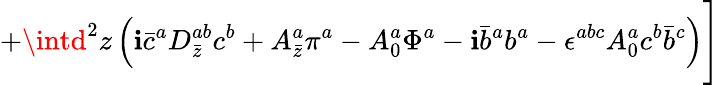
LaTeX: +\intd^{2}z\left(\mathbf{i}\bar{{c}}^{a}D_{\bar{{z}}}^{ab}c^{b}+A_{\bar{{z}}}^{a}\pi^{a}-A_{0}^{a}\Phi^{a}-\mathbf{i}\bar{{b}}^{a}b^{a}-\epsilon^{abc}A_{0}^{a}c^{b}\bar{{b}}^{c}\right)\Biggr]